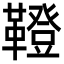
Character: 𩍐